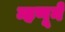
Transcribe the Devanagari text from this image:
म्हणूने